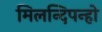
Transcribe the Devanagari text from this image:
मिलन्दिपन्हो